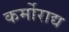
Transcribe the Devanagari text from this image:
कर्मोराद्य